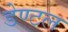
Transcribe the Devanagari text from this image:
डेण्टल